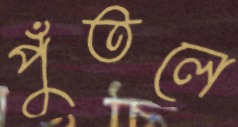
পুঁতলে